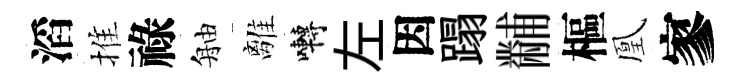
滔推祿舳離囀左因蹋黼樞凰寥